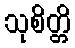
သုစိတ္တိ